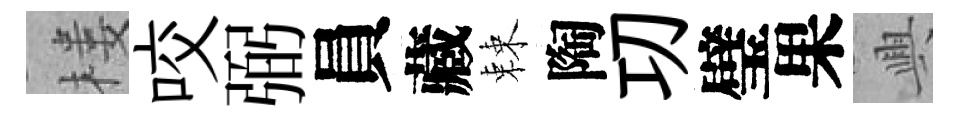
楼咬弼員藏棘陶㓛璧果興